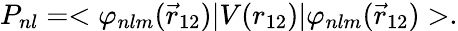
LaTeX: P_{nl}=<\varphi_{nlm}(\vec{r}_{12})|V(r_{12})|\varphi_{nlm}(\vec{r}_{12})>.